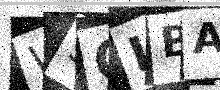
Text: W3QLBA